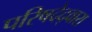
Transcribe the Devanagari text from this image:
परिषदेद्वारा